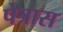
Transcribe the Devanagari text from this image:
पेत्रास